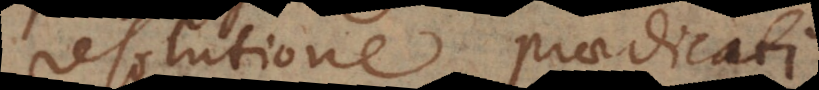
resolutione praedicati